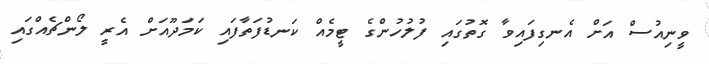
ވީނިއުސް އަށް އެނގިފައިވާ ގޮތުގައި ފުލުހުންގެ ޓީމެއް ކަނޑުފަތާފައި ކަމަދޫއަށް އެރީ ލޯންޗެއްގައި